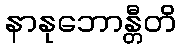
နာနုဘောန္တီတိ